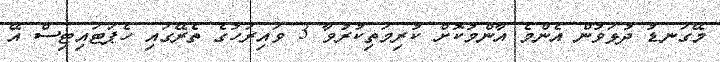
މޭގަނޑު ދުޅަވުން އެންމެ އާންމުކޮށް ކުރިމަތިކުރުވާ 3 ވައިރަހުގެ ތެރޭގައި ހެޕަޓައިޓިސް އޭ